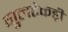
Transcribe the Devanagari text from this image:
गुलटेकड़ी